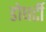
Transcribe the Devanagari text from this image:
डोघर्टी